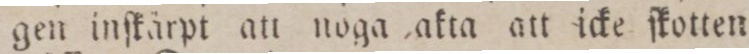
gen inſkärpt att noga akta att icke ſkotten